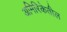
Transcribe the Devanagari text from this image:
अमिरिकेतील